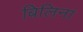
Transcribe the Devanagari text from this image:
बिलिना